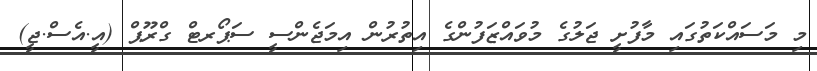
މި މަސައްކަތުގައި މާފުށީ ޖަލުގެ މުވައްޒަފުންގެ އިތުރުން އިމަޖެންސީ ސަޕޯރޓް ގްރޫޕް (އީ.އެސް.ޖީ)